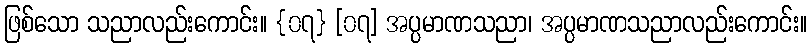
ဖြစ်သော သညာလည်းကောင်း။ {၀၇} [၀၇] အပ္ပမာဏသညာ၊ အပ္ပမာဏသညာလည်းကောင်း။